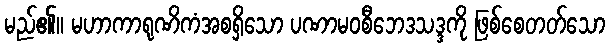
မည်၏။ မဟာကာရုဏိကံအစရှိသော ပဏာမဝစီဘေဒသဒ္ဒကို ဖြစ်စေတတ်သော